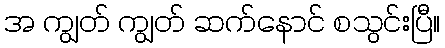
အ ကျွတ် ကျွတ် ဆက်နောင် စသွင်းပြီ။